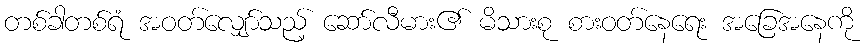
တစ်ခါတစ်ရံ အဝတ်လျှော်သည့် ဆော်လီမား၏ မိသားစု စားဝတ်နေရေး အခြေအနေကို